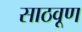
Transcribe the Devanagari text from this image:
साठवूण